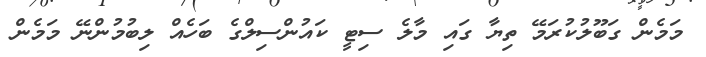
މަމެން ގަބޫލުކުރަމޭ ތިޔާ ގައި މާލެ ސިޓީ ކައުންސިލްގެ ބަހެއް ލިބުމުންނޭ މަމެން